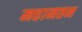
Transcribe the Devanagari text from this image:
महानतन